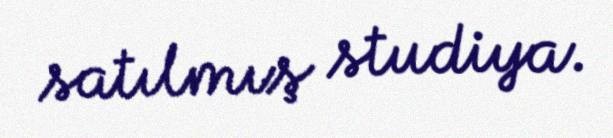
satılmış studiya.